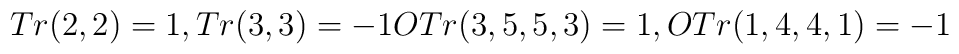
Tr(2,2) = 1,  Tr(3,3) = -1\\                   OTr(3,5,5,3) =  1,  OTr(1,4,4,1) = -1